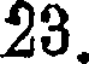
23.